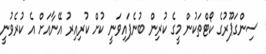
ސިންގަޕޫރުގެ ކޯޓްތަކުން މީގެ ކުރިން ބުނެފައިވަނީ ކުށް ކުރިއިރު އޭނާއަށް އެ ކުރެވުނީ